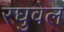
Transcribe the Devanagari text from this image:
रघुवेल